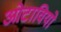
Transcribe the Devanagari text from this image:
ओटावियो